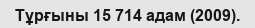
Тұрғыны 15 714 адам (2009).